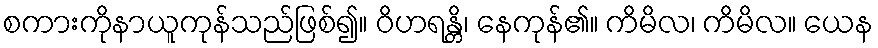
စကားကိုနာယူကုန်သည်ဖြစ်၍။ ဝိဟရန္တိ၊ နေကုန်၏။ ကိမိလ၊ ကိမိလ။ ယေန